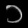
Digit: ၁